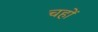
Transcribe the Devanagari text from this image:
चहों